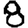
Digit: 8